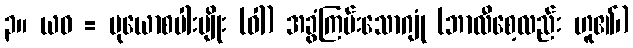
၃။ ယဝ = မုယောစပါးမျိုး (ဝါ) အခွံကြမ်းသောဂျုံ (ဘာလီစေ့လည်း ဟူ၏၊)